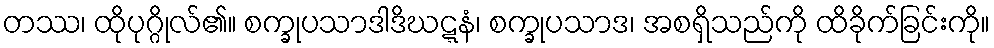
တဿ၊ ထိုပုဂ္ဂိုလ်၏။ စက္ခုပသာဒါဒိဃဋ္ဋနံ၊ စက္ခုပသာဒ၊ အစရှိသည်ကို ထိခိုက်ခြင်းကို။